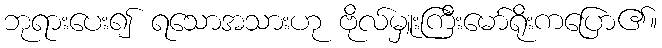
ဘုရားပေး၍ ရသောအသားဟု ဗိုလ်မှူးကြီးမော်ရိုးကပြော၏။